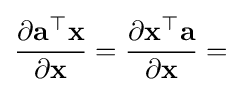
{\frac {\partial \mathbf {a} ^{\top }\mathbf {x} }{\partial \mathbf {x} }}={\frac {\partial \mathbf {x} ^{\top }\mathbf {a} }{\partial \mathbf {x} }}=